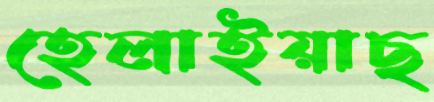
হেলাইয়াছ